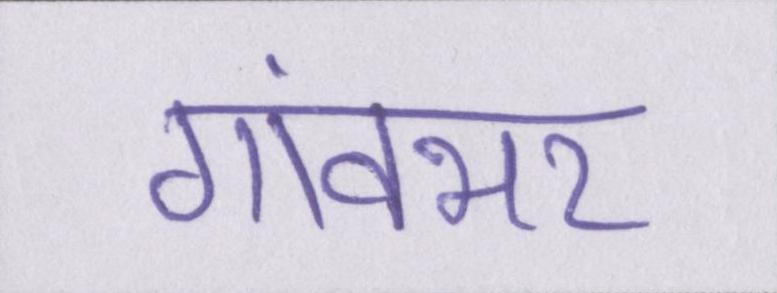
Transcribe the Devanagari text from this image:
गांवभर